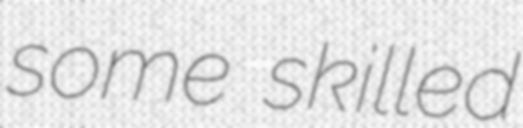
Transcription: some skilled